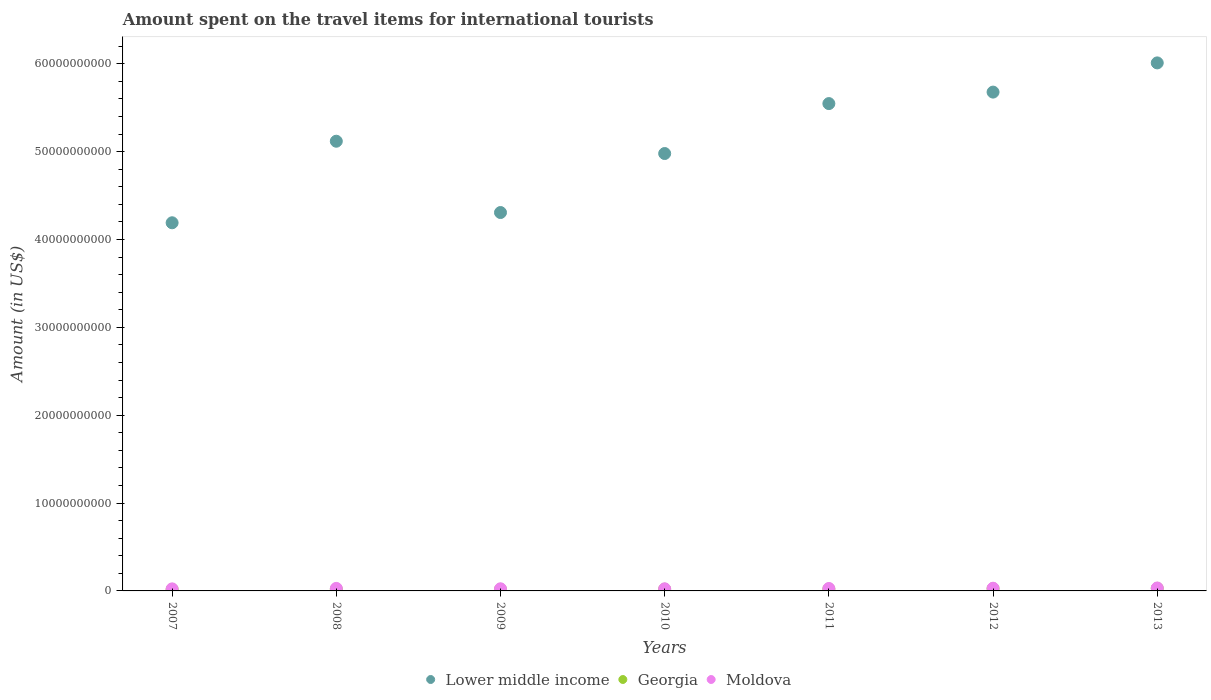
| Years | Lower middle income | Georgia | Moldova |
 | --- | --- | --- | --- |
 | 2007 | 4.19e+10 | 1.76e+08 | 2.33e+08 |
 | 2008 | 5.12e+10 | 2.03e+08 | 2.88e+08 |
 | 2009 | 4.31e+10 | 1.81e+08 | 2.43e+08 |
 | 2010 | 4.98e+10 | 1.99e+08 | 2.41e+08 |
 | 2011 | 5.55e+10 | 2.13e+08 | 2.77e+08 |
 | 2012 | 5.68e+10 | 2.56e+08 | 3.08e+08 |
 | 2013 | 6.01e+10 | 2.94e+08 | 3.34e+08 |